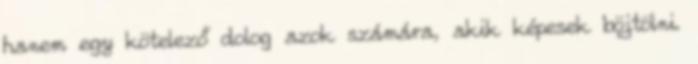
hanem egy kötelező dolog azok számára, akik képesek böjtölni.